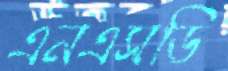
এনএসডি